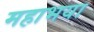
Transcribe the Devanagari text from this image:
महाभया